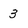
Character: 3